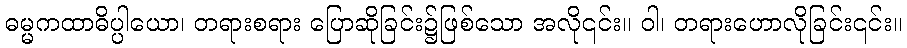
ဓမ္မကထာဓိပ္ပါယော၊ တရားစရား ပြောဆိုခြင်း၌ဖြစ်သော အလို၎င်း။ ဝါ၊ တရားဟောလိုခြင်း၎င်း။